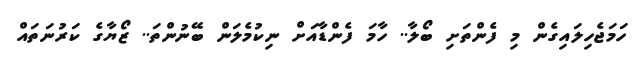
ހަމަޖެހިލައިގެން މި ފެންތަށި ބޯލާ.. ހާމަ ފެންޑާއަށް ނިކުމެލަން ބޭނުންތަ.. ޒޯޔާގެ ކަރުނަތައް